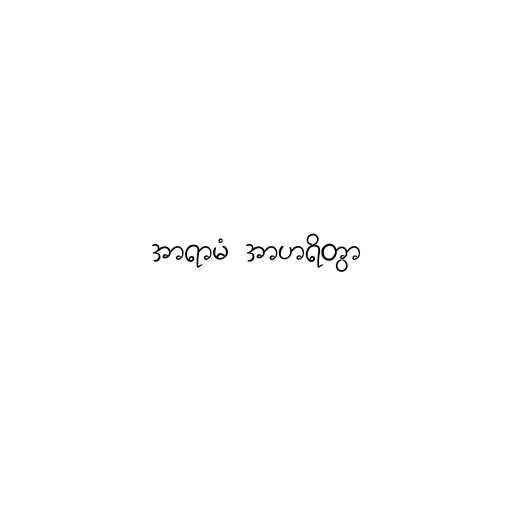
အာရာမံ အာဟရိတွာ